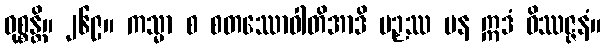
ဝုစ္စန္တိ။ ၂၆၉။ ကသ္မာ စ စတဿောဝါတိအာဒိ ပဉှဿ ပန ဣဒံ ဝိဿဇ္ဇနံ။